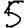
Digit: 5